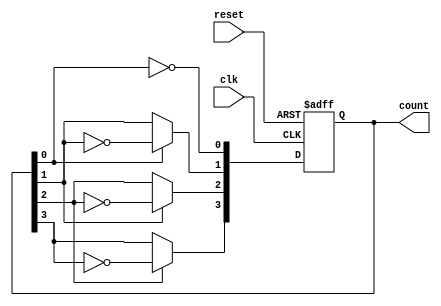
module async_counter (
    input wire clk,        // Clock input
    input wire reset,      // Asynchronous reset input
    output reg [n-1:0] count // Counter output (n bits)
);
    parameter n = 4; // Number of bits in the counter (adjust as needed)

    // Flip-flops for the counter
    reg [n-1:0] flip_flops;

    always @(posedge clk or posedge reset) begin
        if (reset) begin
            flip_flops <= 0; // Reset all flip-flops to 0
        end else begin
            flip_flops[0] <= ~flip_flops[0]; // Toggle LSB
            flip_flops[1] <= flip_flops[0] ? ~flip_flops[1] : flip_flops[1]; // Toggle next flip-flop
            flip_flops[2] <= flip_flops[1] ? ~flip_flops[2] : flip_flops[2]; // Toggle next flip-flop
            flip_flops[3] <= flip_flops[2] ? ~flip_flops[3] : flip_flops[3]; // Toggle next flip-flop
            // Add more flip-flops as needed for larger counters
        end
    end

    assign count = flip_flops; // Assign the flip-flops to the output

endmodule